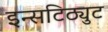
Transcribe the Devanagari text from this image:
इन्सटिठ्युट